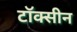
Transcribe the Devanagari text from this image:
टॉक्सीन